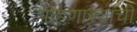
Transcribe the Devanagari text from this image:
पाहणाऱ्यांची